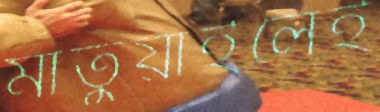
মাতুয়াইলেই